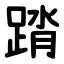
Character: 䠌